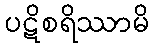
ပဋိစရိဿာမိ